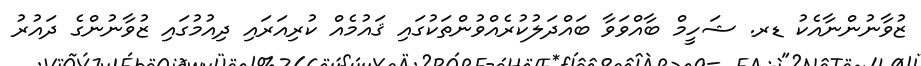
ޒުވާނުންނާއެކު ޑރ. ޝަހީމް ބާއްވަވާ ބައްދަލުކުރެއްވުންތަކުގައި ޤައުމެއް ކުރިއަރައި ދިއުމުގައި ޒުވާނުންގެ ދައުރު